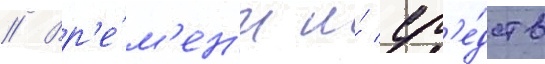
// Вр'е́м'ен'и и́ ср'е́дств